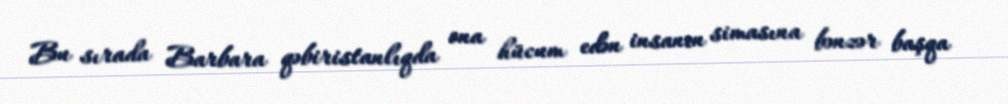
Bu sırada Barbara qəbiristanlıqda ona hücum edən insanın simasına bənzər başqa